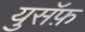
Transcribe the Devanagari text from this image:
युसॅफ़